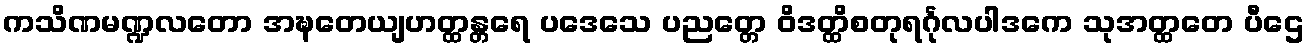
ကသိဏမဏ္ဍလတော အဍ္ဎတေယျဟတ္ထန္တရေ ပဒေသေ ပညတ္တေ ဝိဒတ္ထိစတုရင်္ဂုလပါဒကေ သုအတ္ထတေ ပီဌေ